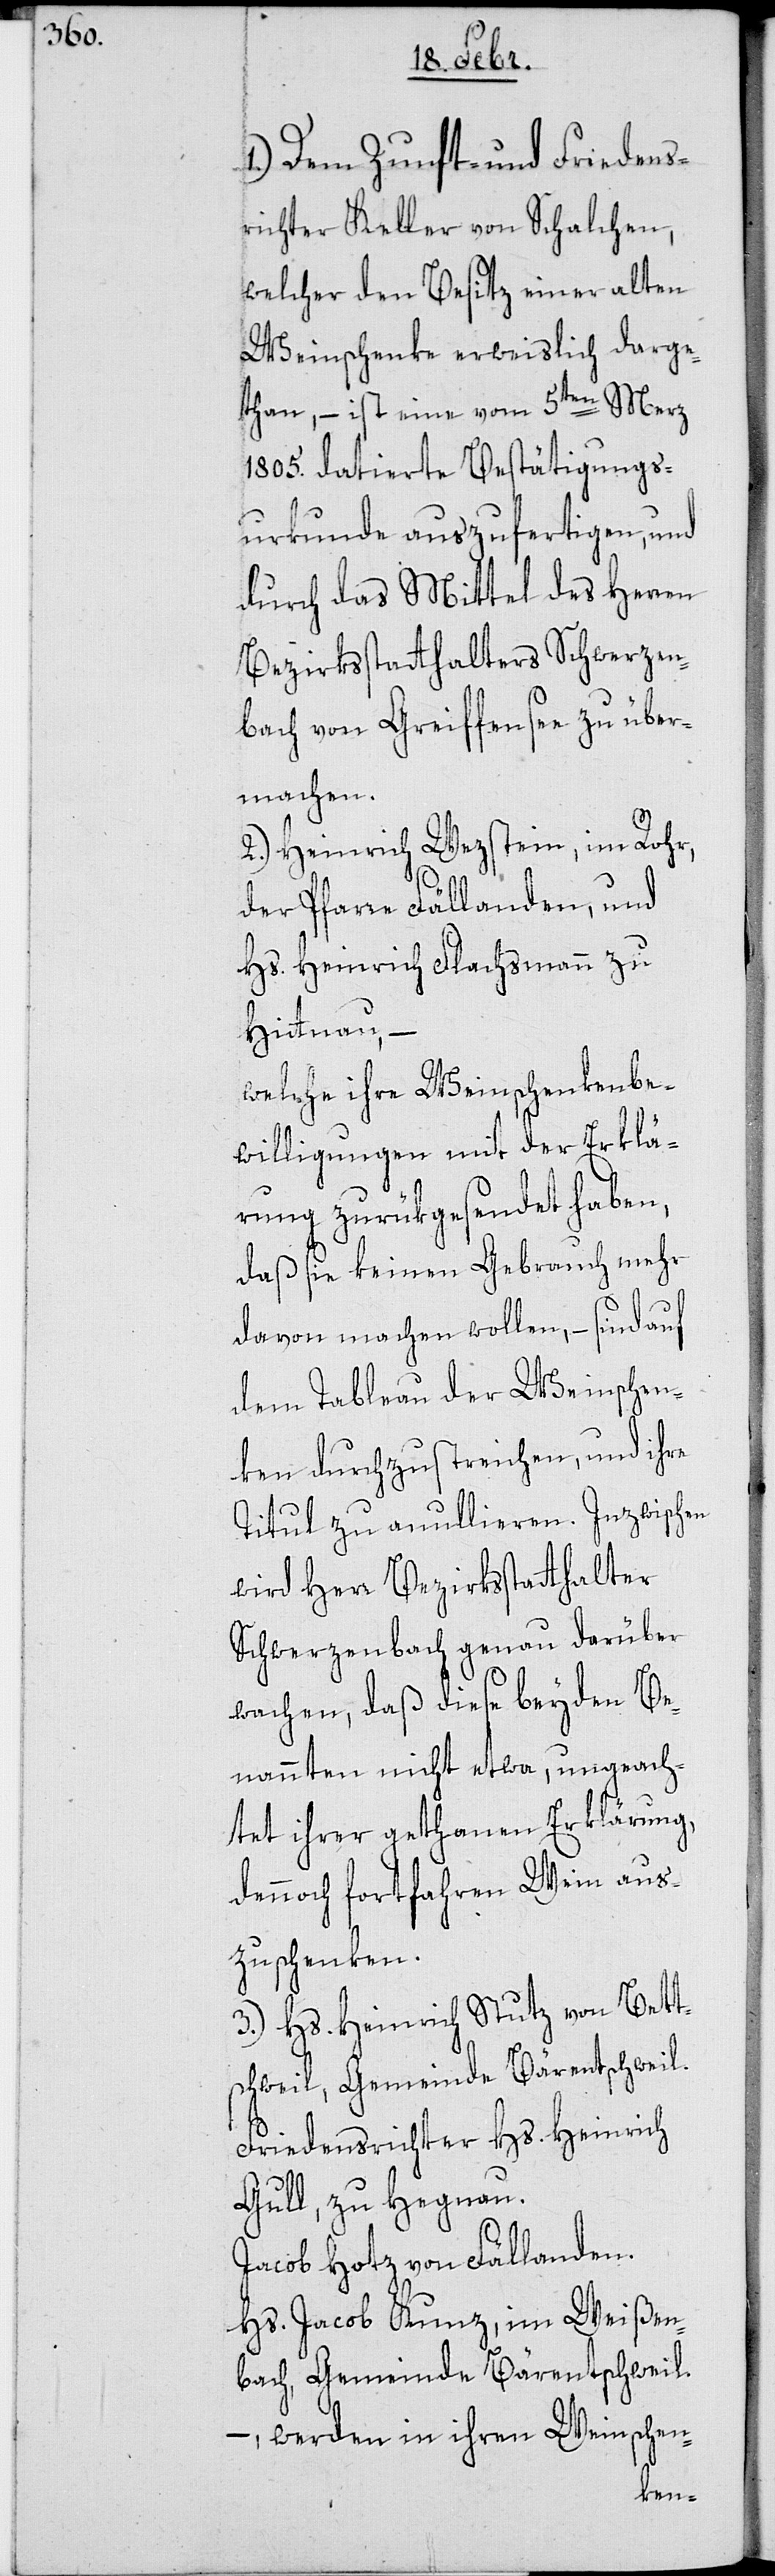
1.) Dem Zunft- und Friedens¬
richter Keller von Schalchen,
welcher den Besitz einer alten
Weinschenke erweislich darge¬
than, – ist eine vom 5ten Merz
1805. datierte Bestätigungs¬
urkunde auszufertigen, und
durch das Mittel des Herren
Bezirksstatthalters Schwerzen¬
bach von Greiffensee zu über¬
machen.
2.) Heinrich Wezstein, im Rohr,
der Pfarre Fällanden, und
Hs. Heinrich Flachsmann zu
Hittnau, –
welche ihre Weinschenkenbe¬
willigungen mit der Erklä¬
rung zurükgesendet haben,
daß sie keinen Gebrauch mehr
davon machen wollen, – sind auf
dem Tableau der Weinschen¬
ken durchzustreichen, und ihre
Titul zu annullieren. Inzwischen
wird Herr Bezirksstatthalter
Schwerzenbach genau darüber
wachen, daß diese beyden Be¬
nannten nicht etwa, ungeach¬
tet ihrer gethanen Erklärung,
dennoch fortfahren Wein aus¬
zuschenken.
3.) Hs. Heinrich Stutz von Bett¬
schweil, Gemeinde Bärentschweil.
Friedensrichter Hs. Heinrich
Gull, zu Hegnau.
Jacob Hotz von Fällanden.
Hs. Jacob Kunz, im Weißen¬
bach, Gemeinde Bärentschweil
– werden in ihren Weinschen-